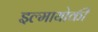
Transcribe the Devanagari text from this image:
इल्मायोकी